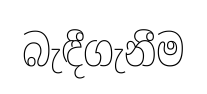
බැඳීගැනීම